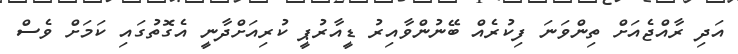
އަދި ރާއްޖެއަށް ތިންވަނަ ފިކުރެއް ބޭނުންވާއިރު ޑީއާރުޕީ ކުރިއަށްދާނީ އެގޮތުގައި ކަމަށް ވެސް